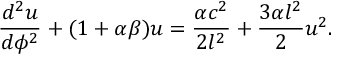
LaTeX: \frac { d ^ { 2 } u } { d \phi ^ { 2 } } + ( 1 + \alpha \beta ) u = \frac { \alpha c ^ { 2 } } { 2 l ^ { 2 } } + \frac { 3 \alpha l ^ { 2 } } { 2 } u ^ { 2 } .